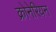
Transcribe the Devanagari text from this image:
क्रोनेरियन